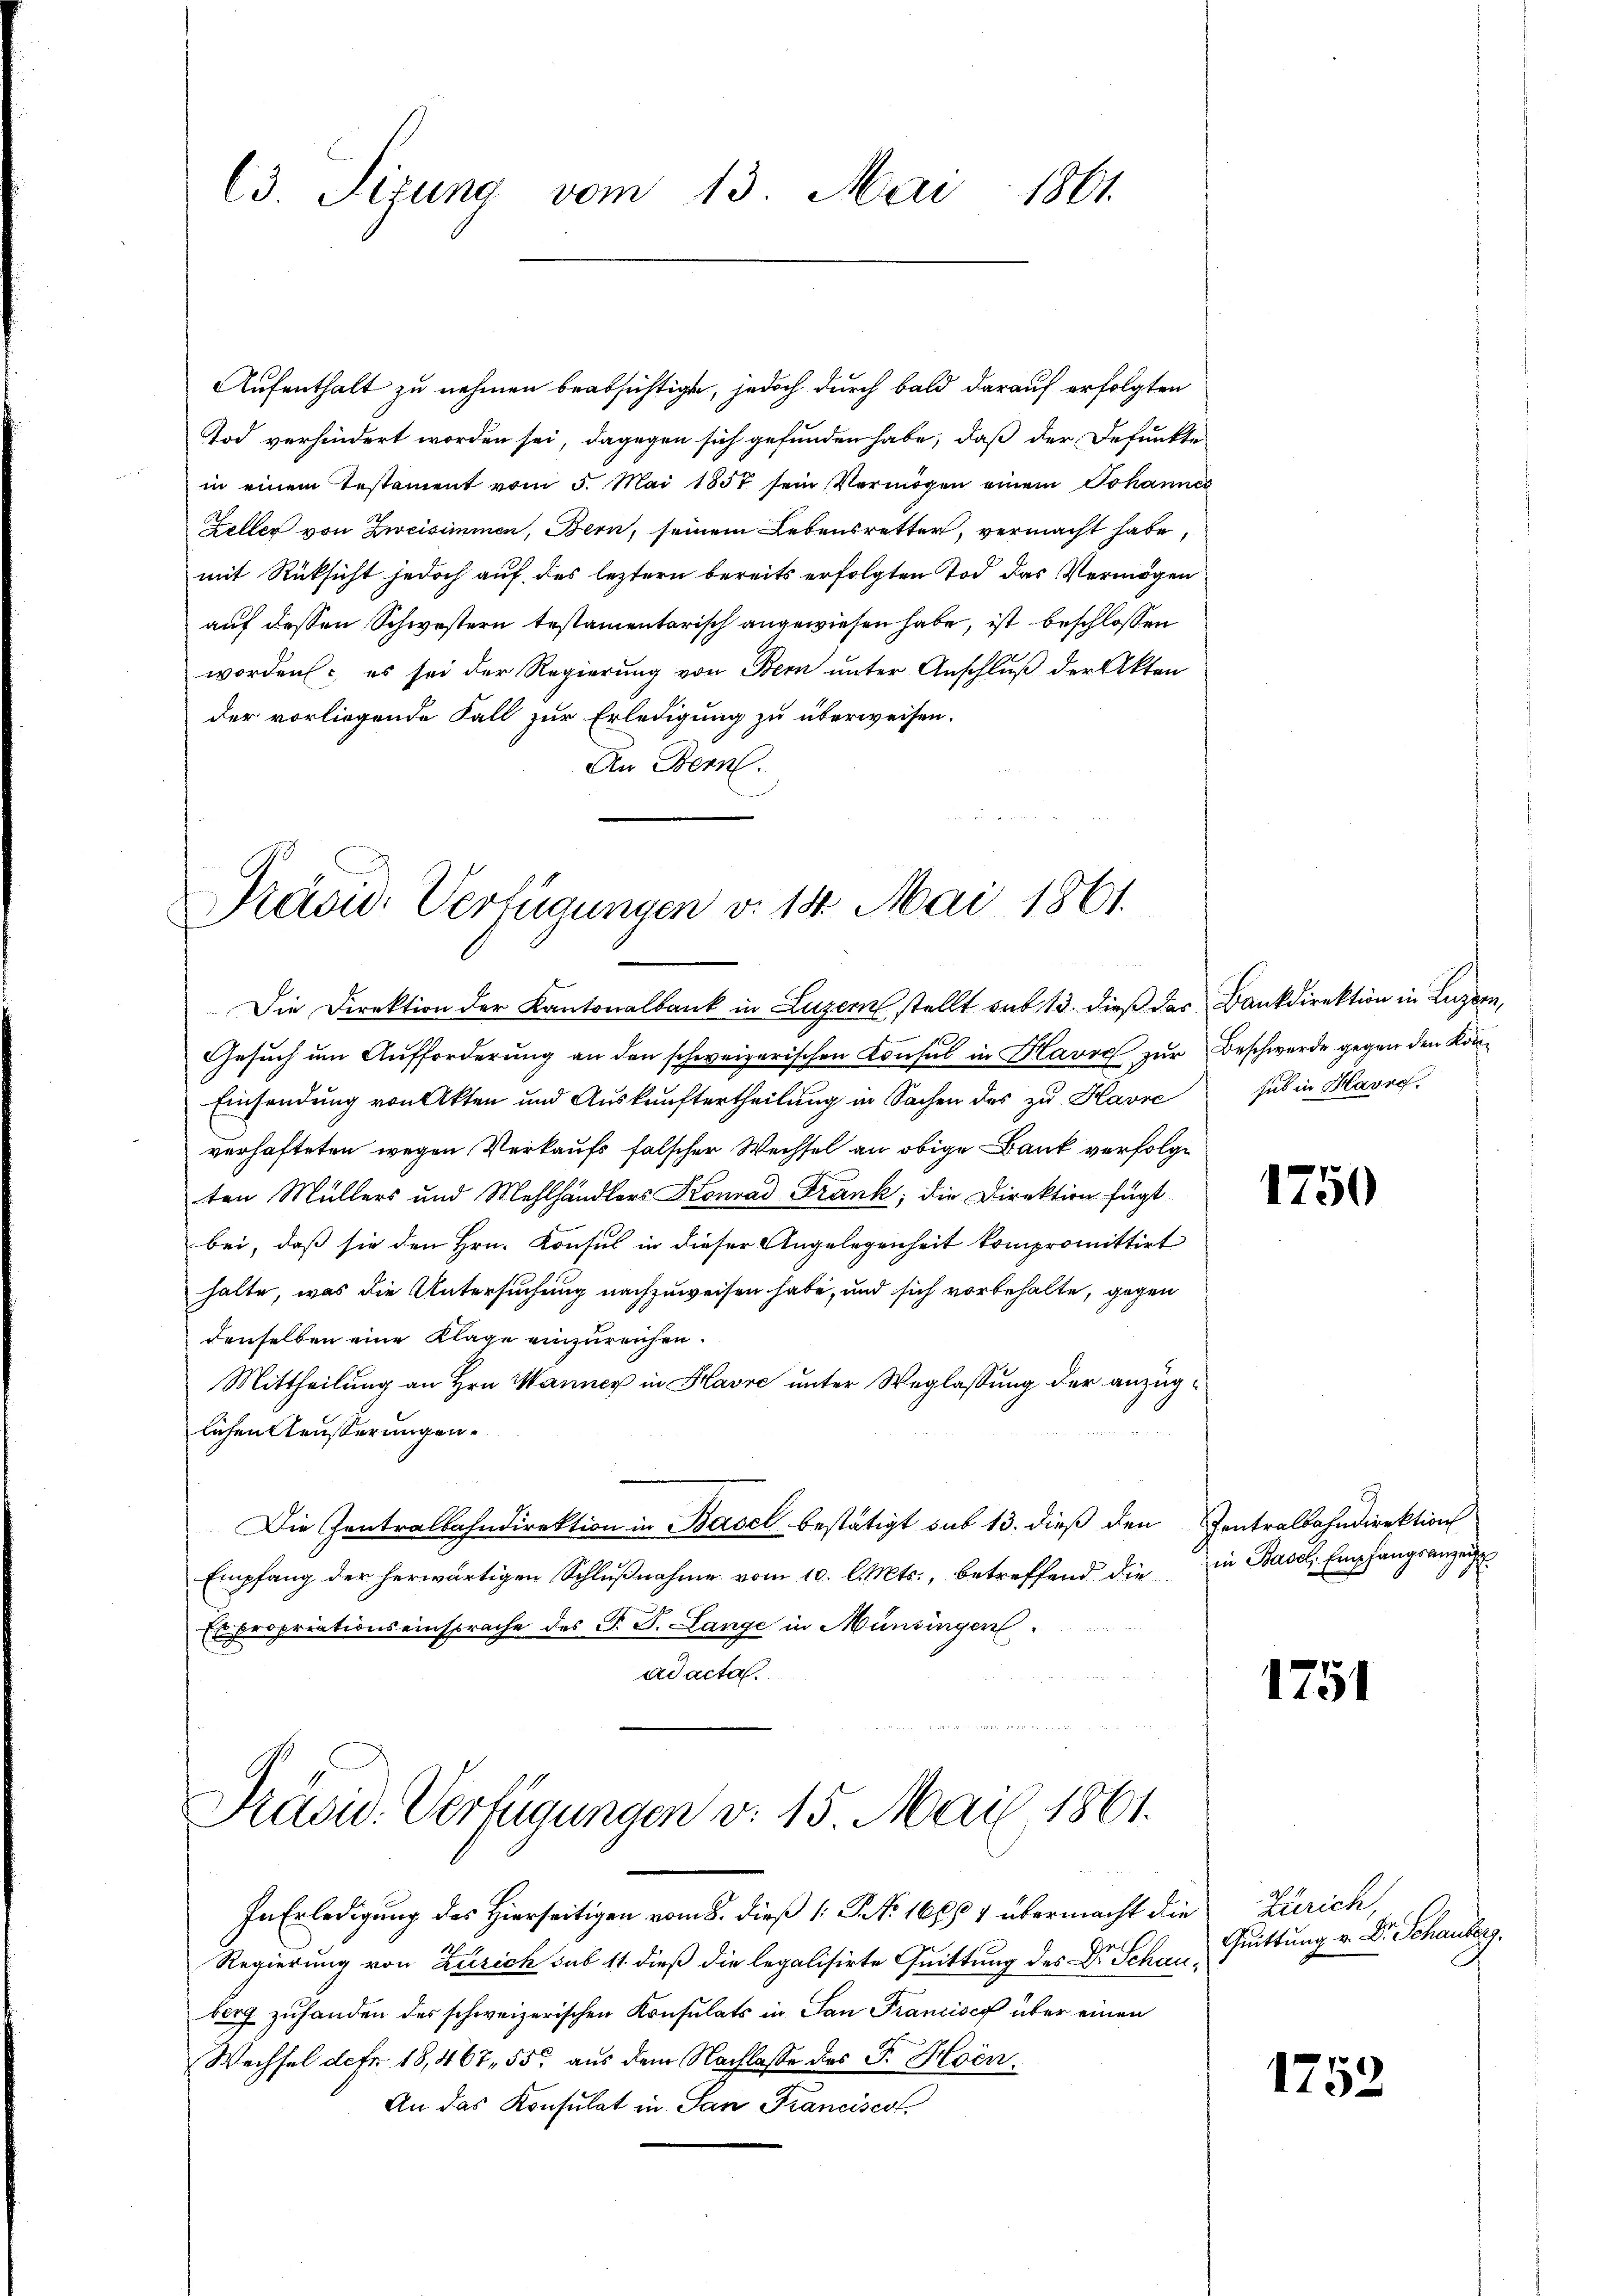
3. Sizung vom 13. Mai 1861.

Aufenthalt zu nehmen beabsichtigt, jedoch durch bald darauf erfolgten
Tod verhindert worden sei, dagegen sich gefunden habe, daß der Defunkte
in einem Testament vom 5. Mai 1857 sein Vermögen einem Johannex
Feller von Zweisimmen, Bern, seinem Lebensretter, vermacht habe,
mit Rücksicht jedoch auf des leztern bereits erfolgten Tod das Vermögen
auf dessen Schwestern testamentarisch angewiesen habe, ist beschlossen
worden, es sei der Regierung von Bern unter Anschluß der Akten
der vorliegende Fall zur Erledigung zu überweisen.
An Bern.

Präsid. Verfügungen v. 14. Mai 1861.

Die Direktion der Kantonalbank in Luzern stellt aus 13. dieß das Bankdirektion in Luzern,
Gesŭch ŭm Aŭfforderŭng an den schweizerischen Consul in Havre zur Beschwerde gegen den Kon¬
Einsendung von Akten und Auskunftertheilung in Sachen des zu Kavre sub in Havre
verhafteten wegen Verkaufs falscher Wechsel an obige Bank verfolge
ten Müllers und Mehlhändlers Konrad Frank, die Direktion fügt
bei, daß sie den Hrn. Konsul in dieser Angelegenheit kompromittirt
halte, was die Untersuchung nachzuweisen habe, und sich vorbehalte, gegen
denselben eine Klage einzureichen.
Mittheilung an Hrn. Manner in Havre unter Weglassung der anzuglichen Aeusserungen.
Die Zentralbahndirektion in Basel bestätigt sub 13. dieß den Zentralbahndirektion
Empfang der herwärtigen Schlŭβnahme vom 10. l. Mts., betreffend die in Basel, Empfangsanzeigte
Es propriationseinsprache des P. J. Lange in Münsingen
adacta

Präsid. Verfügungen v. 15. Mai 1861.

In Erledigung des Hierseitigen vom 8. dieß (: P. Nr. 16884 übermacht die Zürich,
Regierung von Zürich sub 11. dieß die legalisirte Quittung des Dr. Schen Füttung v. Dr. Schauberg.
berg zuhanden des schweizerischen Konsulats in San Francisco über einen
Wechsel de fr. 18,467, 55 aus dem Nachlasse des F. Hoen¬
An das Konsulat in San Francisco

1750

3

1751

1752